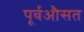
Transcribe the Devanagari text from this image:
पूर्वऔसत